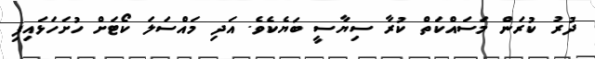
ދުރު ކުރަން މަސައްކަތް ކުރާ ސިޔާސީ ބަޔެކެވެ. އަދި މައްސަލަ ކޯޓަށް ހުށަހަޅައިފި